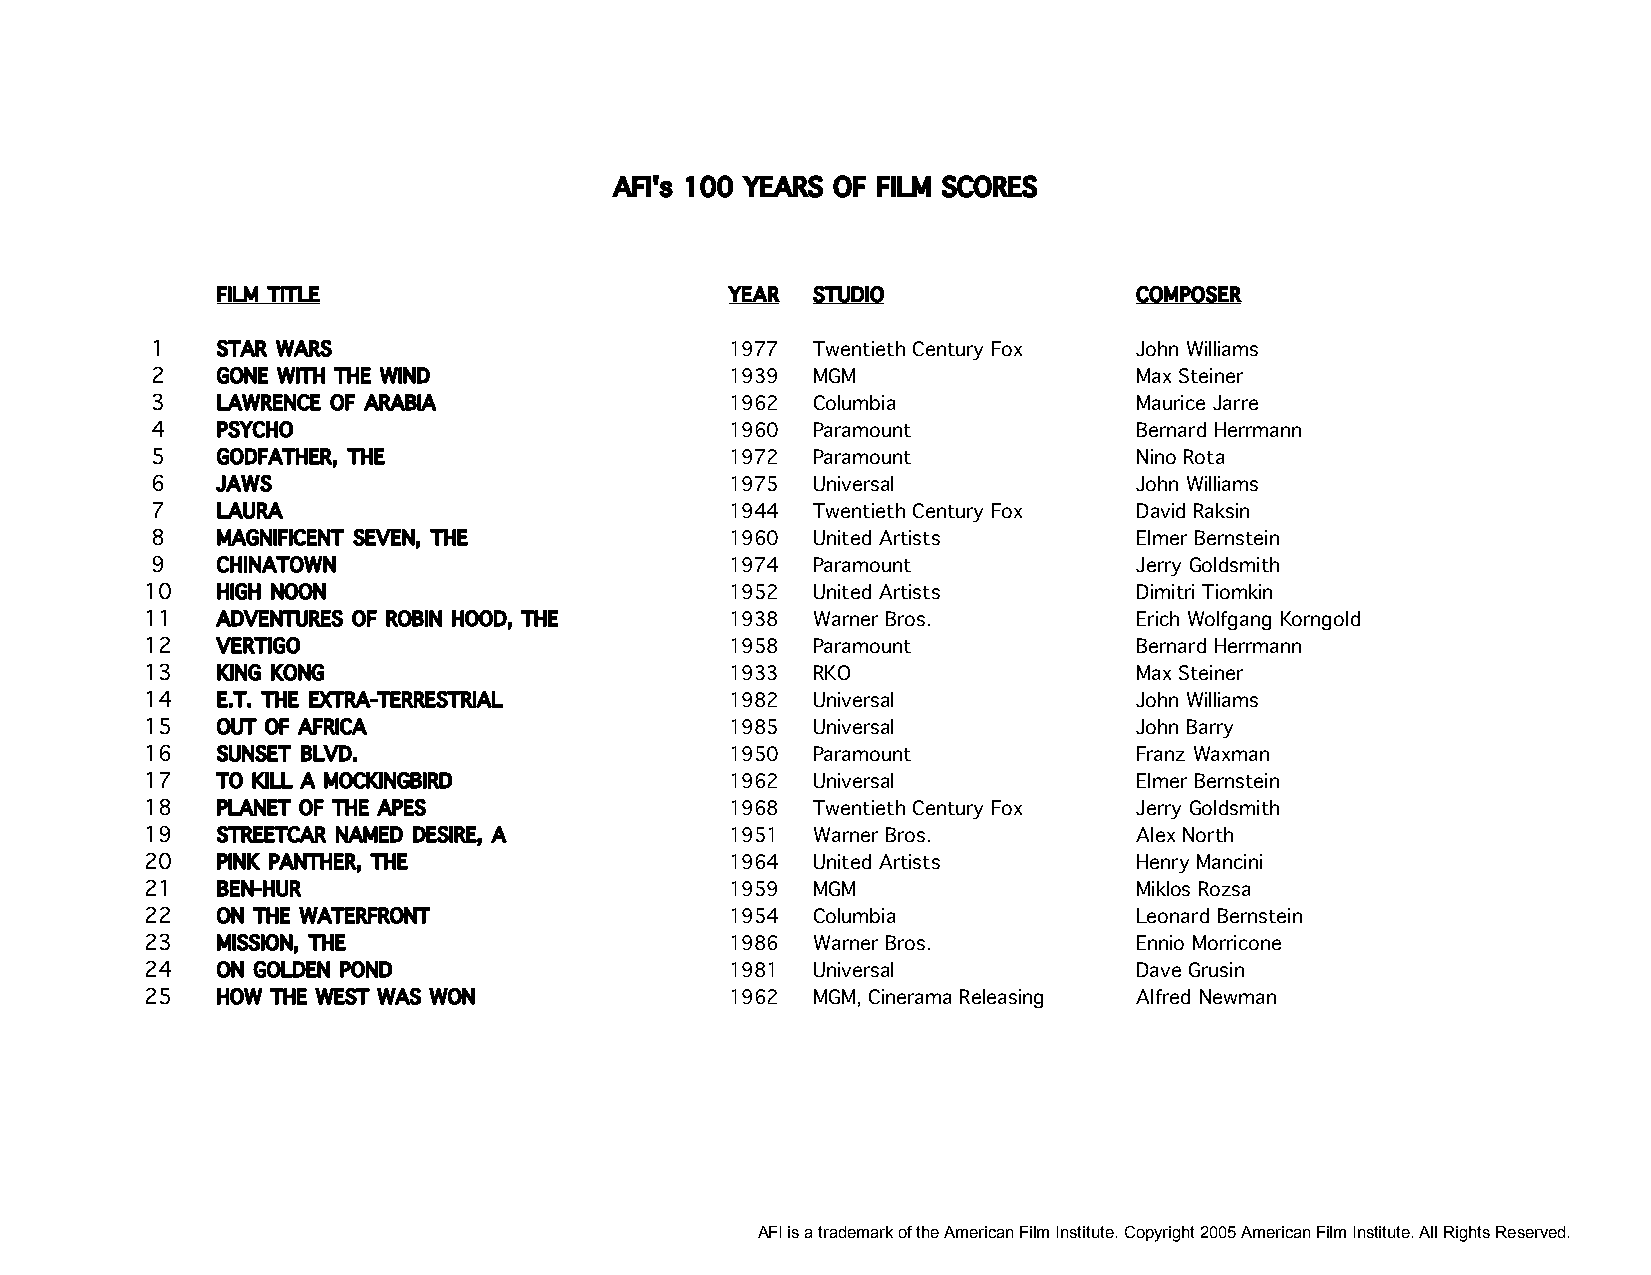
AFI's 100 YEARS OF FILM SCORES
 FILM TITLE                        YEAR  STUDIO               COMPOSER
 1   STAR WARS                         1977  Twentieth Century Fox John Williams
 2   GONE WITH THE WIND                1939  MGM                  Max Steiner
 3   LAWRENCE OF ARABIA                1962  Columbia             Maurice Jarre
 4   PSYCHO                            1960  Paramount            Bernard Herrmann
 5   GODFATHER, THE                    1972  Paramount            Nino Rota
 6   JAWS                              1975  Universal            John Williams
 7   LAURA                             1944  Twentieth Century Fox David Raksin
 8   MAGNIFICENT SEVEN, THE            1960  United Artists       Elmer Bernstein
 9   CHINATOWN                         1974  Paramount            Jerry Goldsmith
 10  HIGH NOON                         1952  United Artists       Dimitri Tiomkin
 11  ADVENTURES OF ROBIN HOOD, THE     1938  Warner Bros.         Erich Wolfgang Korngold
 12  VERTIGO                           1958  Paramount            Bernard Herrmann
 13  KING KONG                         1933  RKO                  Max Steiner
 14  E.T. THE EXTRA-TERRESTRIAL        1982  Universal            John Williams
 15  OUT OF AFRICA                     1985  Universal            John Barry
 16  SUNSET BLVD.                      1950  Paramount            Franz Waxman
 17  TO KILL A MOCKINGBIRD             1962  Universal            Elmer Bernstein
 18  PLANET OF THE APES                1968  Twentieth Century Fox Jerry Goldsmith
 19  STREETCAR NAMED DESIRE, A         1951  Warner Bros.         Alex North
 20  PINK PANTHER, THE                 1964  United Artists       Henry Mancini
 21  BEN-HUR                           1959  MGM                  Miklos Rozsa
 22  ON THE WATERFRONT                 1954  Columbia             Leonard Bernstein
 23  MISSION, THE                      1986  Warner Bros.         Ennio Morricone
 24  ON GOLDEN POND                    1981  Universal            Dave Grusin
 25  HOW THE WEST WAS WON              1962  MGM, Cinerama Releasing Alfred Newman
 AFI is a trademark of the American Film Institute. Copyright 2005 American Film Institute. All Rights Reserved.